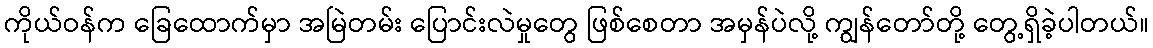
ကိုယ်ဝန်က ခြေထောက်မှာ အမြဲတမ်း ပြောင်းလဲမှုတွေ ဖြစ်စေတာ အမှန်ပဲလို့ ကျွန်တော်တို့ တွေ့ရှိခဲ့ပါတယ်။